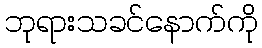
ဘုရားသခင်နောက်ကို